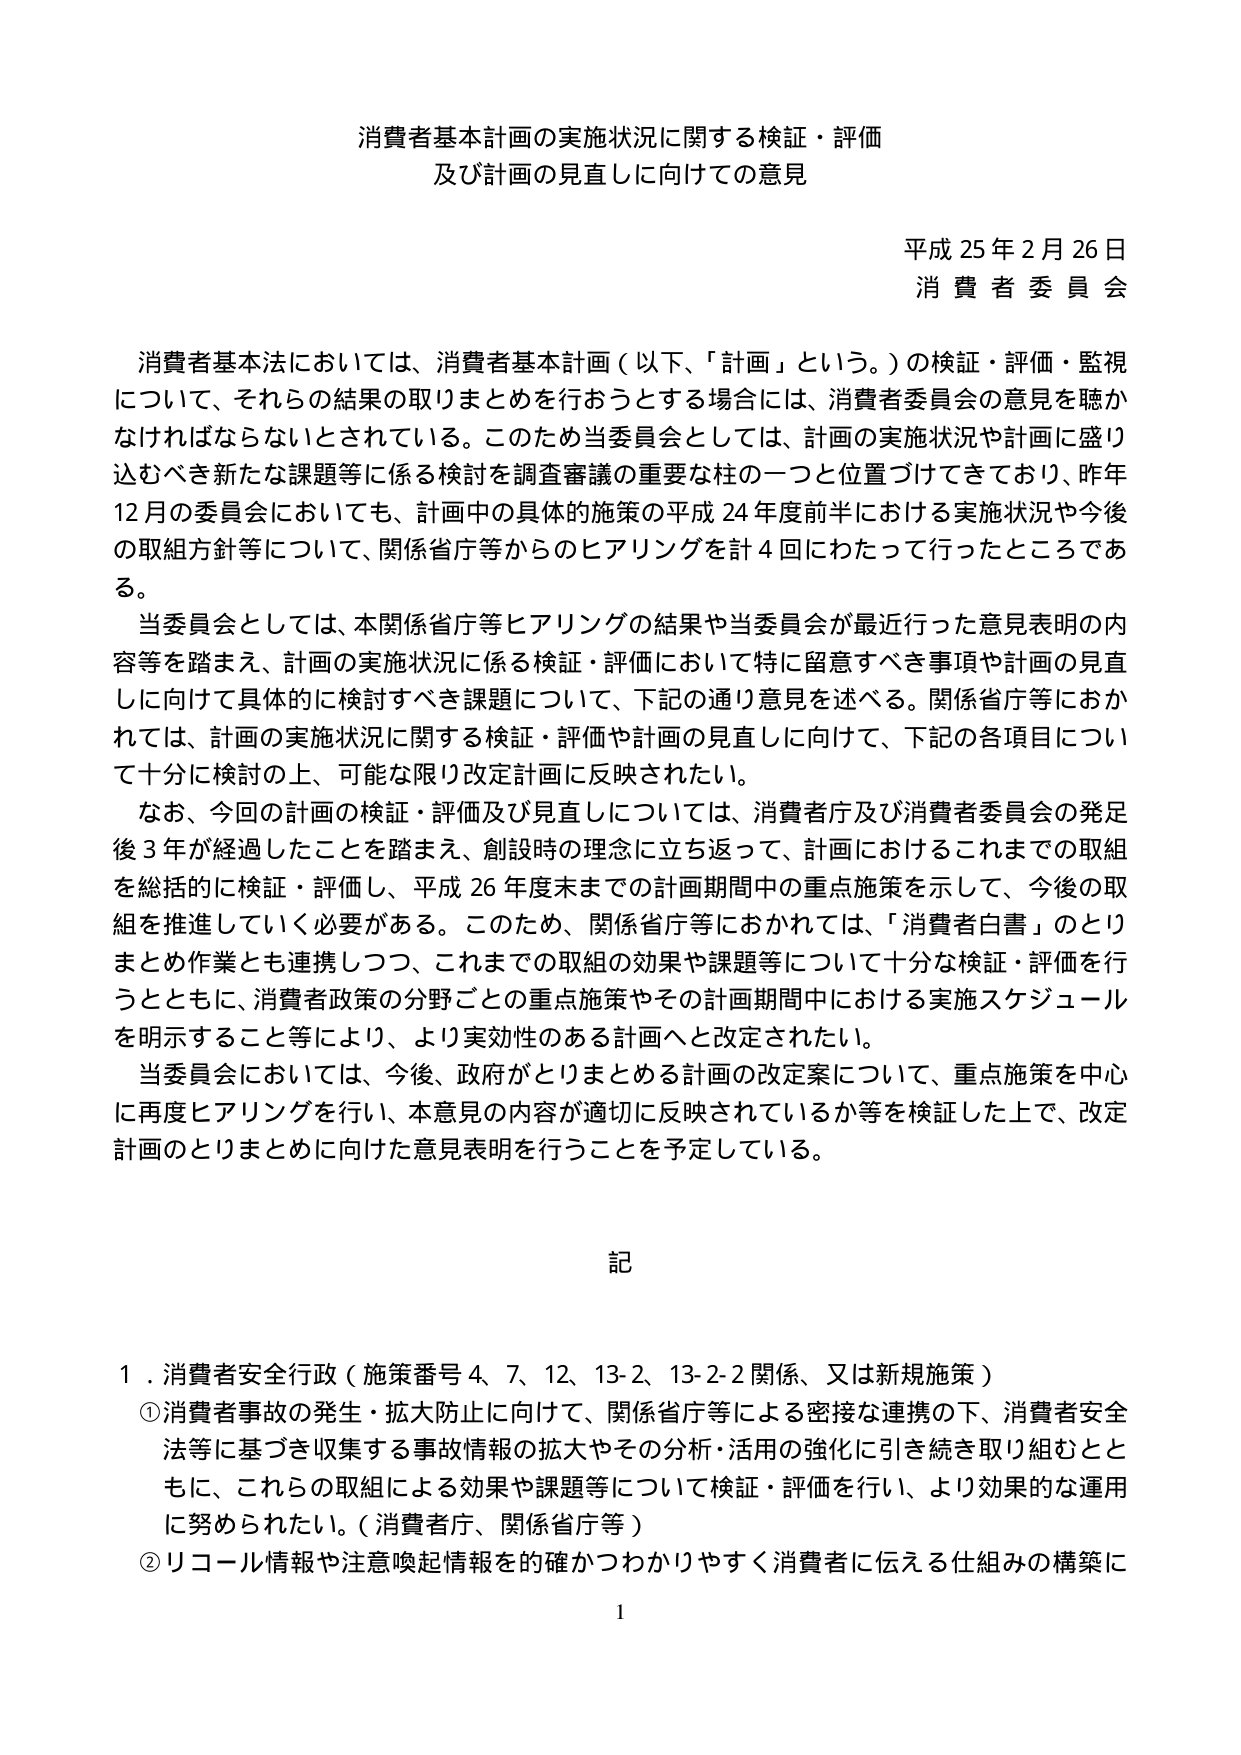
消費者基本計画の実施状況に関する検証・評価
及び計画の見直しに向けての意見

平成25年2月26日
消費者委員会

消費者基本法においては、消費者基本計画（以下、「計画」という。）の検証・評価・監視について、それらの結果の取りまとめを行おうとする場合には、消費者委員会の意見を聴かなければならないとされている。このため当委員会としては、計画の実施状況や計画に盛り込むべき新たな課題等に係る検討を調査審議の重要な柱の一つと位置づけてきており、昨年12月の委員会においても、計画中の具体的施策の平成24年度前半における実施状況や今後の取組方針等について、関係省庁等からのヒアリングを計4回にわたって行ったところである。

当委員会としては、本関係省庁等ヒアリングの結果や当委員会が最近行った意見表明の内容等を踏まえ、計画の実施状況に係る検証・評価において特に留意すべき事項や計画の見直しに向けて具体的に検討すべき課題について、下記の通り意見を述べる。関係省庁等におかれては、計画の実施状況に関する検証・評価や計画の見直しに向けて、下記の各項目について十分に検討の上、可能な限り改定計画に反映されたい。

なお、今回の計画の検証・評価及び見直しについては、消費者庁及び消費者委員会の発足後3年が経過したことを踏まえ、創設時の理念に立ち返って、計画におけるこれまでの取組を総括的に検証・評価し、平成26年度末までの計画期間中の重点施策を示して、今後の取組を推進していく必要がある。このため、関係省庁等におかれては、「消費者白書」のとりまとめ作業とも連携しつつ、これまでの取組の効果や課題等について十分な検証・評価を行うとともに、消費者政策の分野ごとの重点施策やその計画期間中における実施スケジュールを明示すること等により、より実効性のある計画へと改定されたい。

当委員会においては、今後、政府がとりまとめる計画の改定案について、重点施策を中心に再度ヒアリングを行い、本意見の内容が適切に反映されているか等を検証した上で、改定計画のとりまとめに向けた意見表明を行うことを予定している。

記

1．消費者安全行政（施策番号4、7、12、13-2、13-2-2関係、又は新規施策）
①消費者事故の発生・拡大防止に向けて、関係省庁等による密接な連携の下、消費者安全法等に基づき収集する事故情報の拡大やその分析・活用の強化に引き続き取り組むとともに、これらの取組による効果や課題等について検証・評価を行い、より効果的な運用に努められたい。（消費者庁、関係省庁等）
②リコール情報や注意喚起情報を的確かつわかりやすく消費者に伝える仕組みの構築に

1